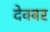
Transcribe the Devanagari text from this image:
देववर